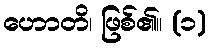
ဟောတိ၊ ဖြစ်၏။ (၁)